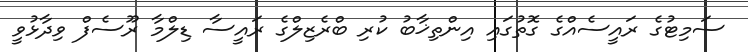
ސަމިޓުގެ ރައީސެއްގެ ގޮތުގައި އިންތިޚާބު ކުރި ބްރެޒިލްގެ ރައީސާ ޑިލްމާ ރޫސެފް ވިދާޅުވީ